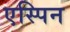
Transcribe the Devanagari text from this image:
एस्पिन